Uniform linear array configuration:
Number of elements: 48
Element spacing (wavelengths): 0.5
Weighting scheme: hann
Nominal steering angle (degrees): -60
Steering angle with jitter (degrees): -60.282
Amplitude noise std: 0.05
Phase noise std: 0.05

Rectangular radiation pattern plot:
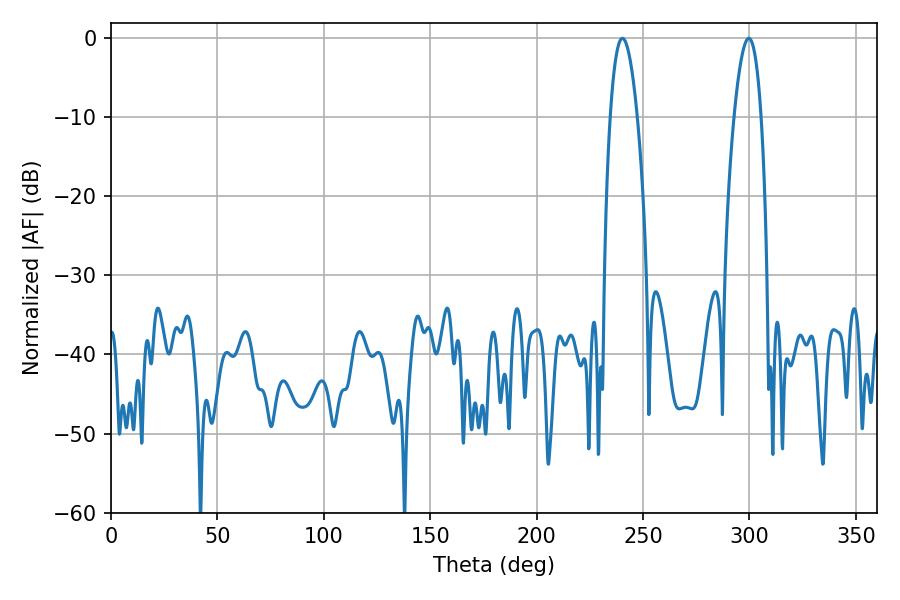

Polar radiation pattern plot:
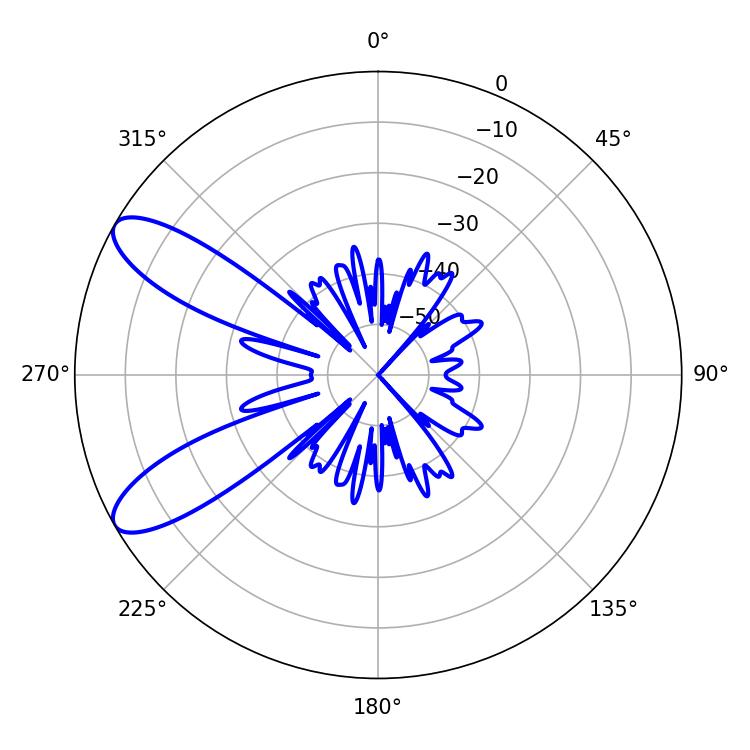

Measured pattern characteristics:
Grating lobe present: FALSE
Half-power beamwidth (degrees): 7.02
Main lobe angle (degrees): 240.3